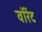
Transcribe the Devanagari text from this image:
वॉरेंट